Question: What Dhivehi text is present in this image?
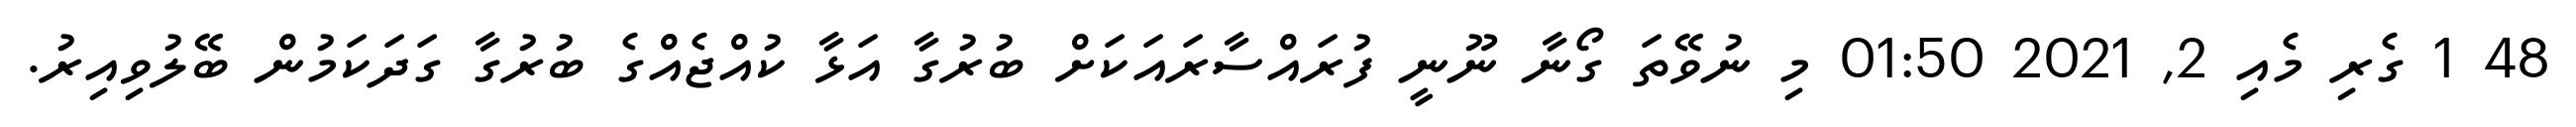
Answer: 48 1 ގެރި މެއި 2, 2021 01:50 މި ނުވޭތަ ގޯނާ ނޫނީ ފުރައްސާރައަކަށް ބުރުގާ އަޅާ ކުއްޖެއްގެ ބުރުގާ ގަދަކަމުން ބޭލުވިއިރު.